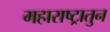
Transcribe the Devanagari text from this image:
महाराष्ट्रातुन